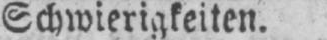
Schwierigkeiten.